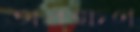
অবক্ষণ